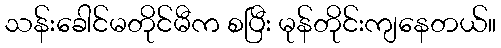
သန်းခေါင်မတိုင်မီက စပြီး မုန်တိုင်းကျနေတယ်။